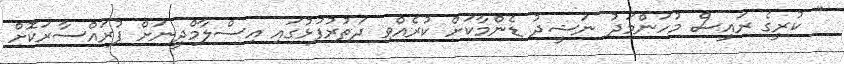
" ކުރީގެ ރައީސް މުހަންމަދު ނަޝީދު ޑެންމާކަށް ކުރެއްވި ދަތުރުފުޅުގައި އިސްލާމްދީނަށް ފުރައްސާރަކޮށް